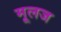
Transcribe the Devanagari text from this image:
मूलज